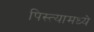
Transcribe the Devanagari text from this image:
पिस्त्यामध्ये